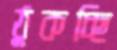
ঠুকচ্ছি